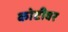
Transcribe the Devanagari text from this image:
कोटीवर